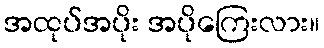
အထုပ်အပိုး အပိုကြေးလား။